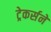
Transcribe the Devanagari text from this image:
ट्रेकर्सने